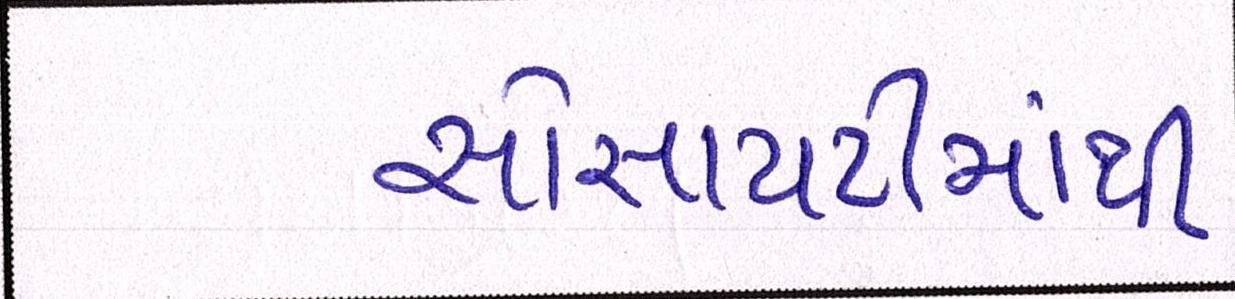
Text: સોસાયટીમાંથી